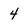
Character: 4